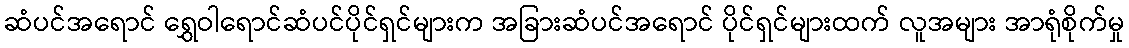
ဆံပင်အရောင် ရွှေဝါရောင်ဆံပင်ပိုင်ရှင်များက အခြားဆံပင်အရောင် ပိုင်ရှင်များထက် လူအများ အာရုံစိုက်မှု